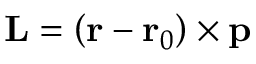
\mathbf { L } = \left( \mathbf { r } - \mathbf { r } _ { 0 } \right) \times \mathbf { p }